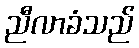
ညီလာခံသည်